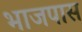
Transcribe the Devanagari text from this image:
भाजपास